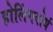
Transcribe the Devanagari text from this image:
होलिंगवोर्थ